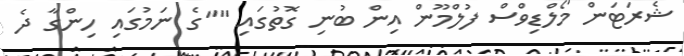
ޝެރަޓަން މޯލްޑިވްސް ފުލްމޫން އިން ބުނި ގޮތުގައި ""ގެ ނަމުގައި ހިންގާ ދެ